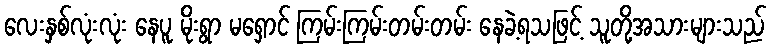
လေးနှစ်လုံးလုံး နေပူ မိုးရွာ မရှောင် ကြမ်းကြမ်းတမ်းတမ်း နေခဲ့ရသဖြင့် သူတို့အသားများသည်